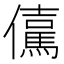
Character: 𭀇